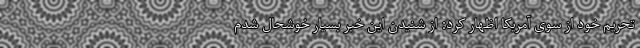
تحریم خود از سوی آمریکا اظهار کرد: از شنیدن این خبر بسیار خوشحال شدم